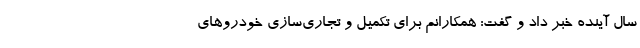
سال آینده خبر داد و گفت: همکارانم برای تکمیل و تجاری‌سازی خودروهای